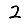
Digit: 2